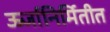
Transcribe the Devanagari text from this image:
ऊर्जानिर्मितीत